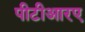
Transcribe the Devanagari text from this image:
पीटीआरए